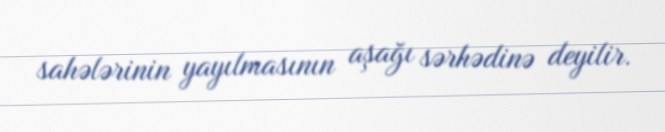
sahələrinin yayılmasının aşağı sərhədinə deyilir.